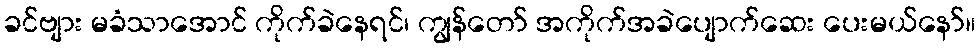
ခင်ဗျား မခံသာအောင် ကိုက်ခဲနေရင်၊ ကျွန်တော် အကိုက်အခဲပျောက်ဆေး ပေးမယ်နော်။